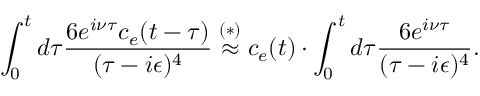
\int _ { 0 } ^ { t } d \tau \frac { 6 e ^ { i \nu \tau } c _ { e } ( t - \tau ) } { ( \tau - i \epsilon ) ^ { 4 } } \overset { ( * ) } { \approx } c _ { e } ( t ) \cdot \int _ { 0 } ^ { t } d \tau \frac { 6 e ^ { i \nu \tau } } { ( \tau - i \epsilon ) ^ { 4 } } .